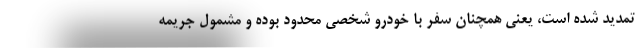
تمدید شده است، یعنی همچنان سفر با خودرو شخصی محدود بوده و مشمول جریمه